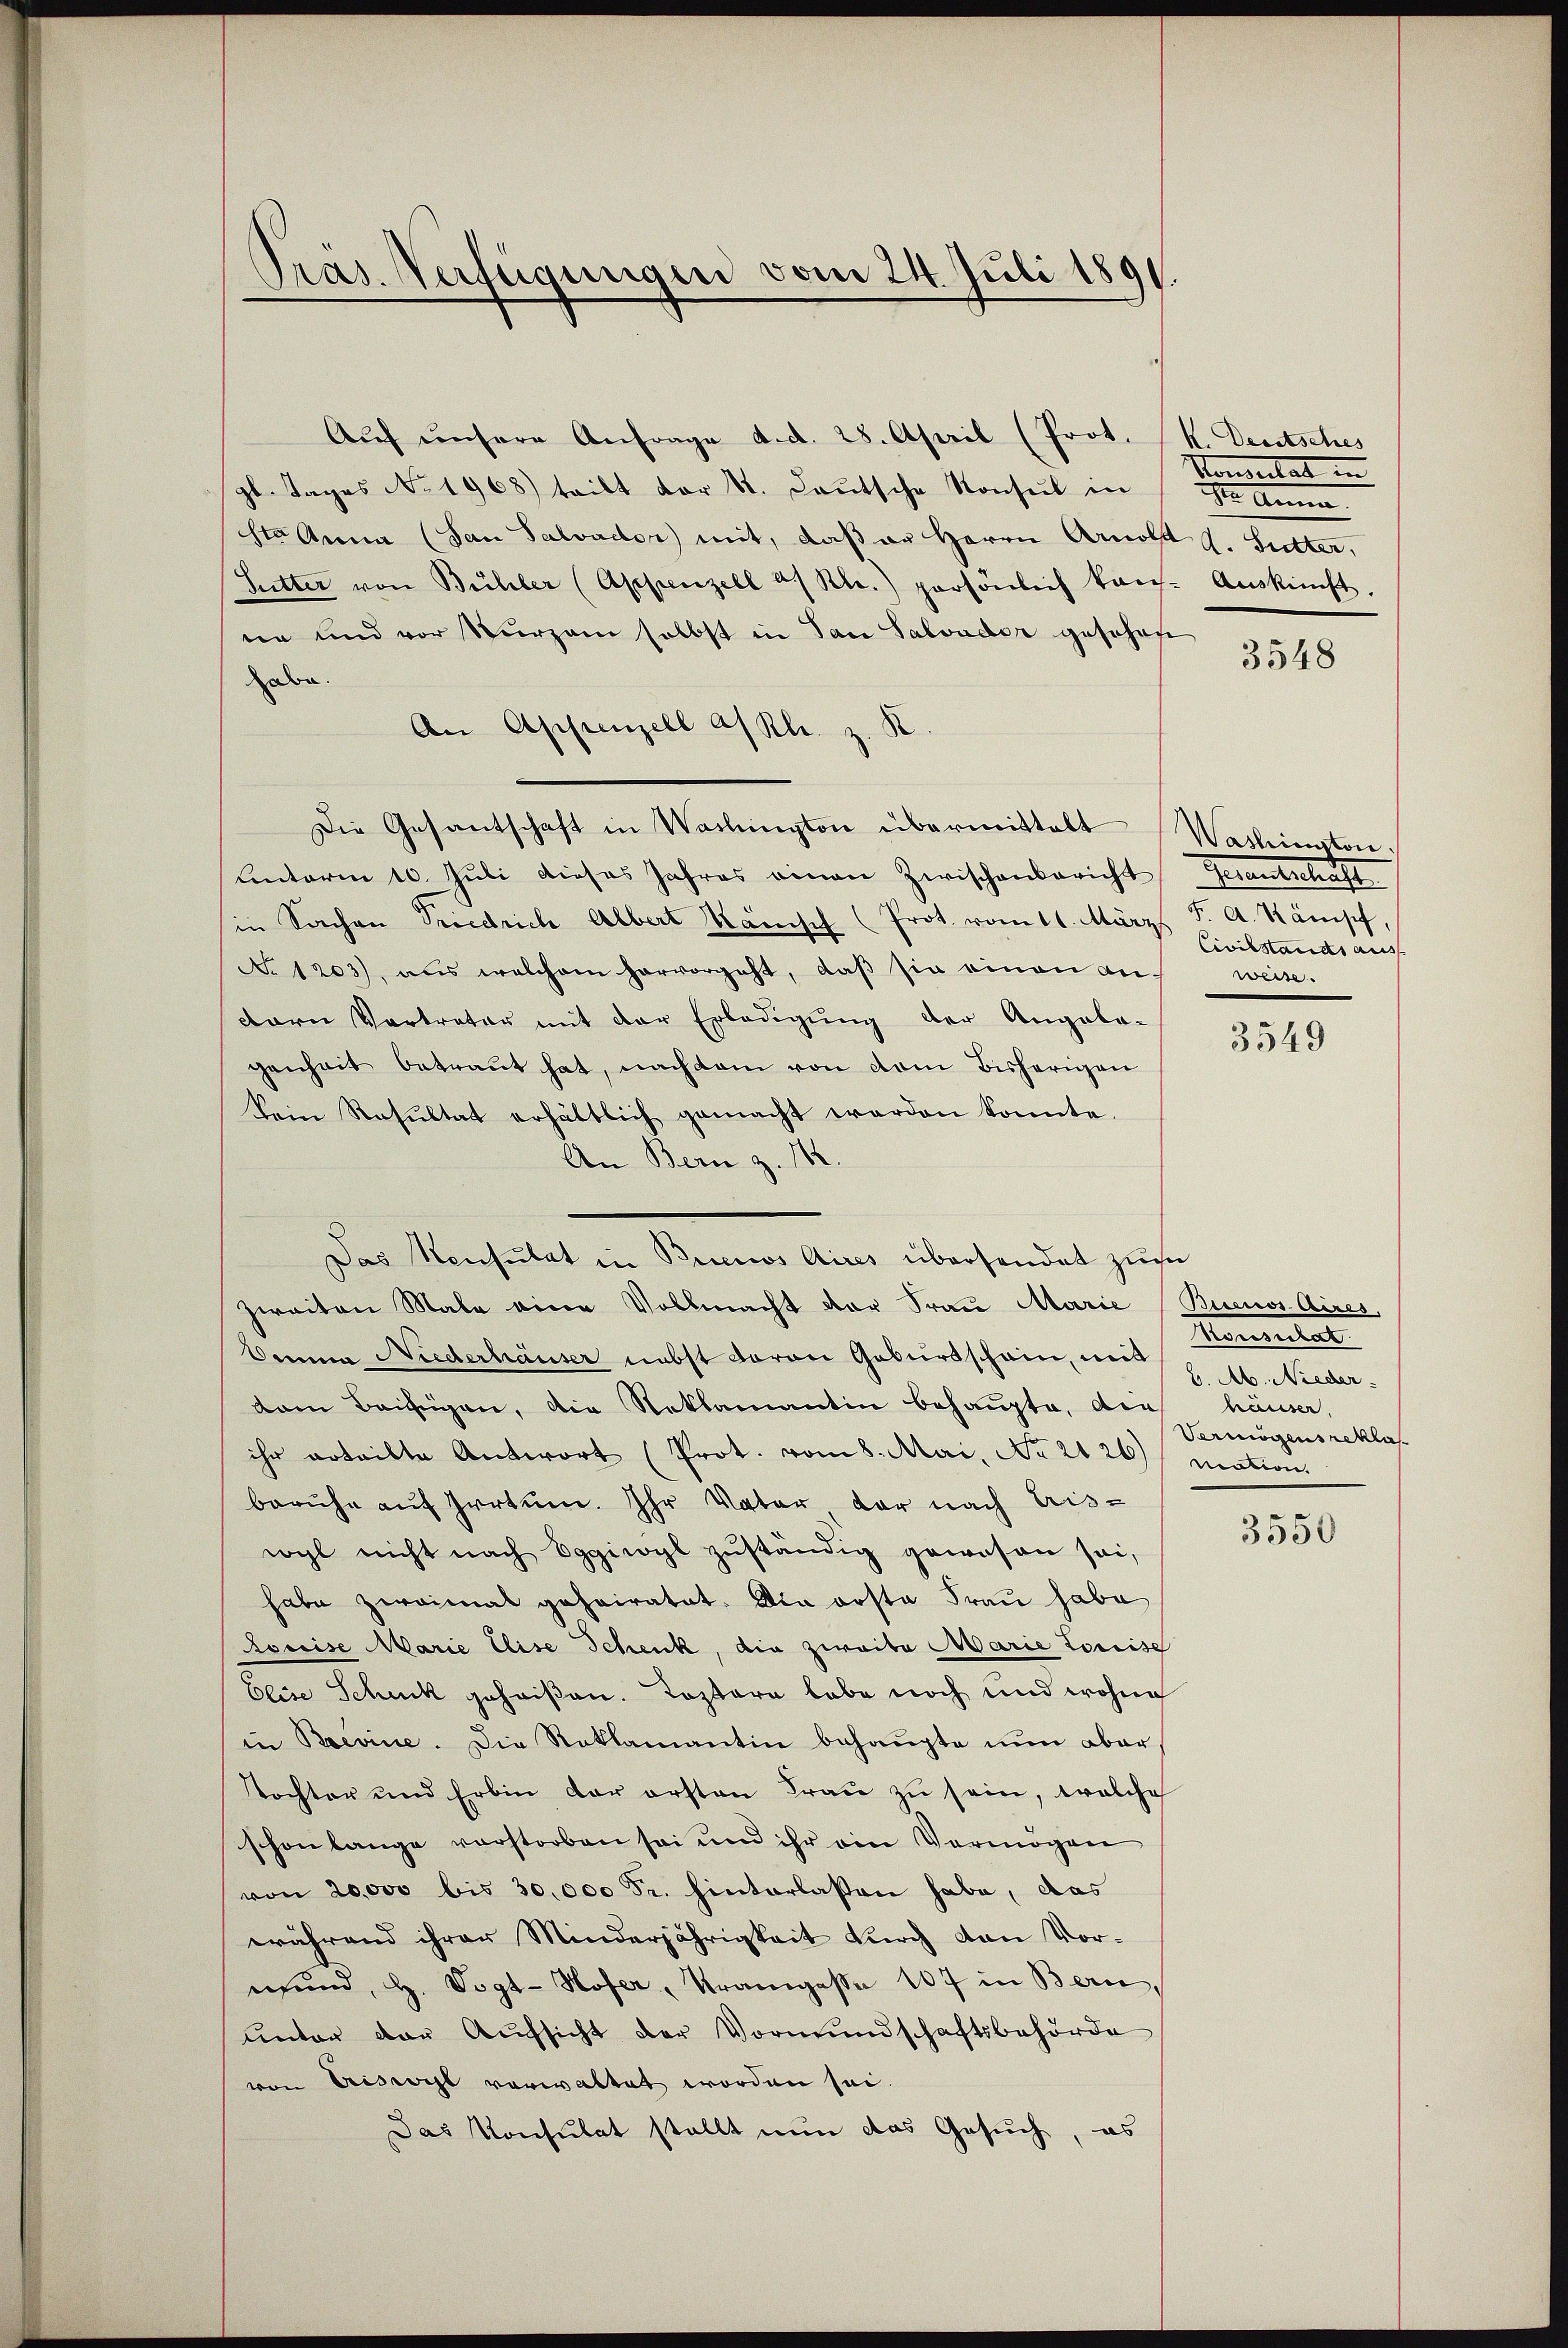
Präs. Verfügungen vom 24. Juli 1891.

Auf unsere Anfrage d. d. 28. April (Prot. (N. Deutsches
gl. Tages No. 1968) tritt der St. Lautsche Konsul in ste Anna
Stagna (San Salvador) mit, daß er Herrn Arnold d. Sutter,
Sutter von Bühler (Appenzell a/Rh.) persönlich kan-Aŭskŭnft.
ne und vor kurzem selbst in San Salvador geschen
abe.
An Appenzell a/Rh. z. K
Die Gesantschaft in Washington übermittelt Washinaton
unterm 10. Juli dieses Jahres einen Zwischenbericht Gesantschaft
in Sachen Friedrich Albert Känisch (Prot. vom 11. März d. A. Stämpch,
No 1203), aus welchem hervorgeht, daß sie einen andern Vertrater mit der Erledigŭng der Angabe-
genheit betraut hat, nachdem von dem bisherigen
Dein Resultat erhältlich gemacht werden konnte.
An Bern z. 142.
Das Konsulat in Brinos Aires übersendet zum
zweiten Male eine Vollmacht der Frau Marie Buenos Aires,
Dana Niederhäuser nebst daran Geburtschain, mit
dam Beifügen, die Reklamantin behaupte, die
ihr erteilte Antwort (Prot. vom 8. Mai, No 2126) mation.
beruhe auf Irrtum. Ihr Vater der nach Eris-
wyl nicht nach Eggiwyl zŭständig gewesen sei,
habe zweimal geheiratet. Die erste Frau habe
Roccise Marie Elise Schenk, die zweite Marie Lorisc
Elise Schuck geheißen. Kostern habe noch und wohne
in Brevine. Die Reklamantin behaupte nun aber
Tochter und Erbin der ersten Fraŭ zŭ sein, welche
schon lange vorstorben sei und ihr ein Vermögen
von 20000 bis 30,000 Fr. hinterlassen habe, das
während ihrer Minderjährigkeit durch von Vormund, H. Vogt-Hofer, Tramgasse 107 in Bern,
ŭnter der Aŭfsicht der Vormŭndschaftsbehörde
von Triswyl verwaltet worden sei.
Das Konsulat stellt nun das Gesuch, es

onventat in

3548

Civilstands aus
weise.

3549

Momental
b. Ab. Nieder.
häuser.
Vermögens reklas

3550